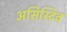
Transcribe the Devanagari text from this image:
असिस्टिव